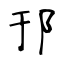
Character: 邘